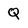
Character: Q